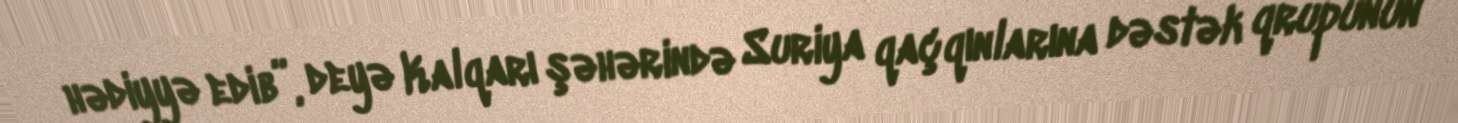
hədiyyə edib”, deyə Kalqarı şəhərində Suriya qaçqınlarına dəstək qrupunun